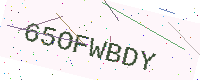
Text: 65OFWBDY